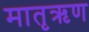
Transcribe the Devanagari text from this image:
मातृऋण